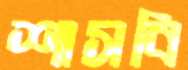
শাসবি